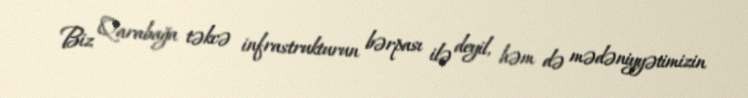
Biz Qarabağa təkcə infrastrukturun bərpası ilə deyil, həm də mədəniyyətimizin